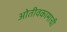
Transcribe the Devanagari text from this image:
ओतीवकामाची